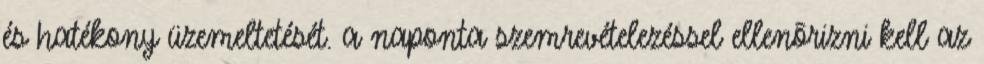
és hatékony üzemeltetését. a naponta szemrevételezéssel ellenõrizni kell az